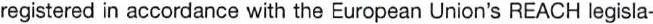
registered in accordance with the European Union's REACH legisla-